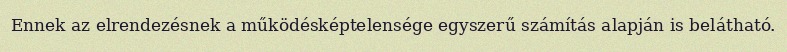
Ennek az elrendezésnek a működésképtelensége egyszerű számítás alapján is belátható.